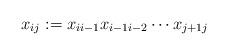
LaTeX: \begin{align*} x_{ij}:=x_{ii-1}x_{i-1i-2}\cdots x_{j+1j} \end{align*}